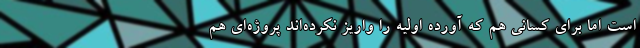
است اما برای کسانی هم که آورده اولیه را واریز نکرده‌اند پروژه‌ای هم